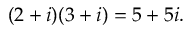
( 2 + i ) ( 3 + i ) = 5 + 5 i .